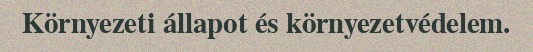
Környezeti állapot és környezetvédelem.